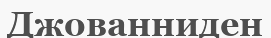
Джованниден